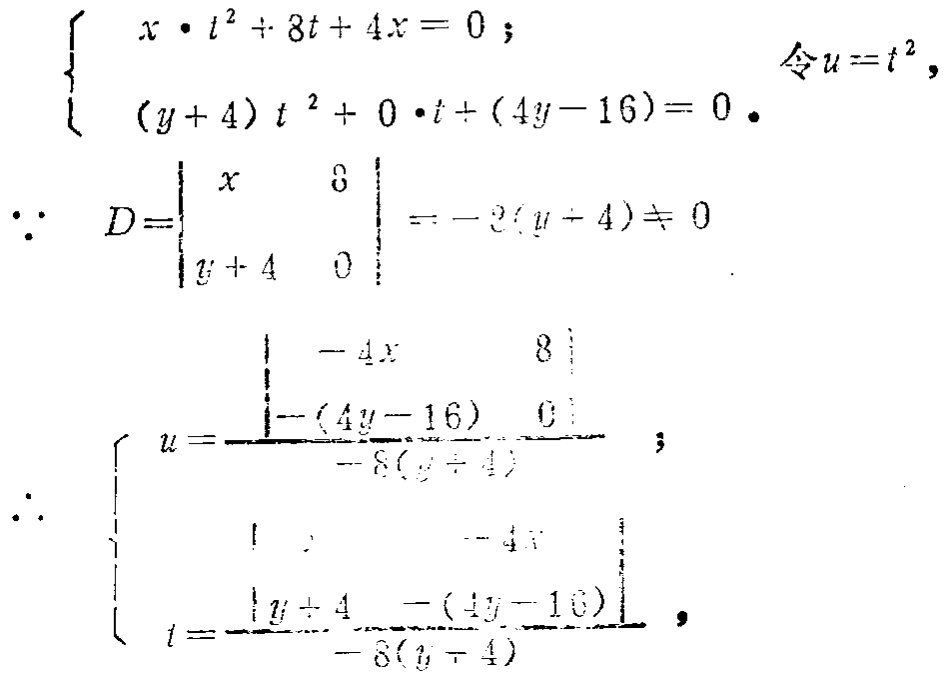
\[

\begin{cases}

x\cdot t^{2}+8t + 4x = 0;\\

(y + 4)t^{2}+0\cdot t+(4y - 16)=0.

\end{cases}

\quad \text{令}u = t^{2},

\]

\[

\because D=\begin{vmatrix}

x&8\\

y + 4&0

\end{vmatrix}=-8(y + 4)\neq0

\]

\[

\therefore

\begin{cases}

u=\frac{\begin{vmatrix}

-4x&8\\

-(4y - 16)&0

\end{vmatrix}}{-8(y + 4)};\\

t=\frac{\begin{vmatrix}

1&-4x\\

y + 4&-(4y - 16)

\end{vmatrix}}{-8(y + 4)}.

\end{cases}

\]